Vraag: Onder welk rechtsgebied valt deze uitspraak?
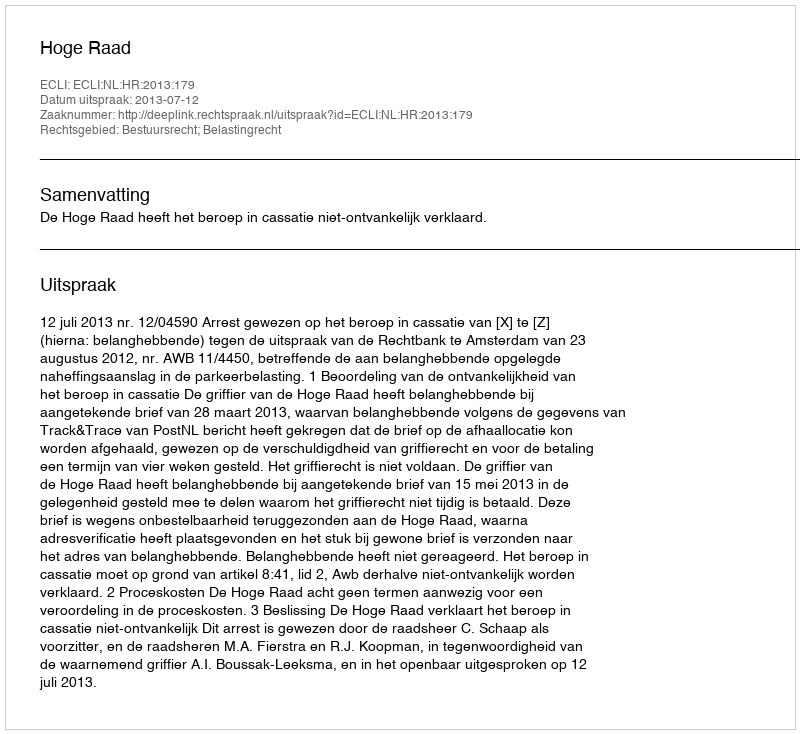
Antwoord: Bestuursrecht; Belastingrecht